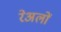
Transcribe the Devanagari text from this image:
रेअलों